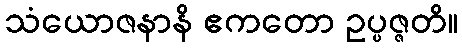
သံယောဇနာနိ ဧကတော ဥပ္ပဇ္ဇတိ။